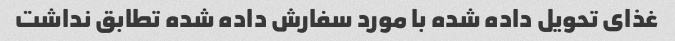
غذای تحویل داده شده با مورد سفارش داده شده تطابق نداشت